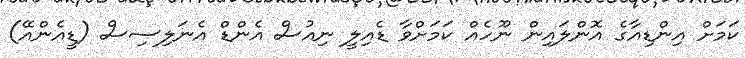
ކަމަށް އިންޑިއާގެ އޮންލައިން ނޫހެއް ކަމަށްވާ ޑެއިލީ ނިއުސް އެންޑް އެނަލިސިސް (ޑީއެންއޭ)